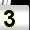
Digit: 3